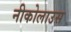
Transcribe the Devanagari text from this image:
नीकोलाउस